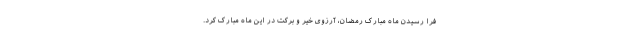
فرا رسیدن ماه مبارک رمضان، آرزوی خیر و برکت در این ماه مبارک کرد.